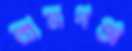
রামগঞ্জ